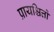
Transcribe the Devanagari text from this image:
प्रायश्चित्तों